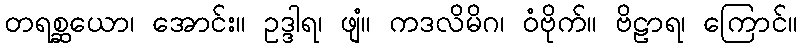
တရစ္ဆယော၊ အောင်း။ ဥဒ္ဒါရ၊ ဖျံ။ ကဒလိမိဂ၊ ဝံဗိုက်။ ဗိဠာရ၊ ကြောင်။